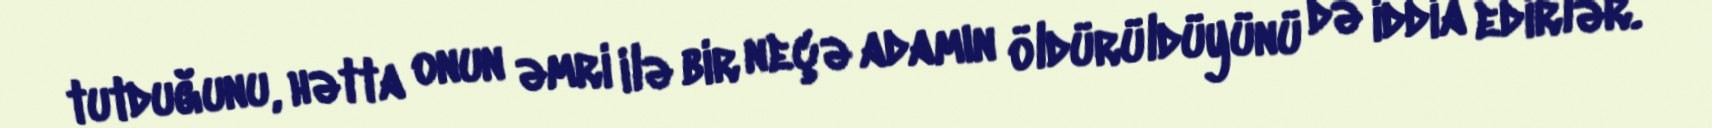
tutduğunu, hətta onun əmri ilə bir neçə adamın öldürüldüyünü də iddia edirlər.